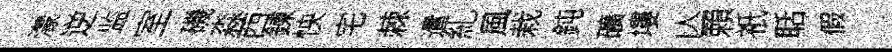
濛逆监室磯淼西鍊怏宅棘遣糺風栽鈍礦塿亾賴祇聒假